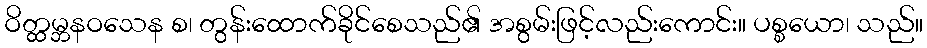
ဝိတ္ထမ္ဘနဝသေန စ၊ တွန်းထောက်ခိုင်စေသည်၏ အစွမ်းဖြင့်လည်းကောင်း။ ပစ္စယော၊ သည်။